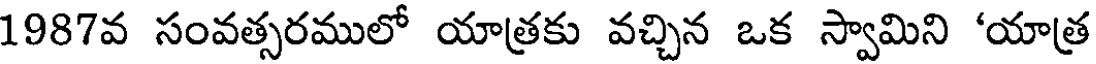
1987వ సంవత్సరములో యాత్రకు వచ్చిన ఒక స్వామిని 'యాత్ర